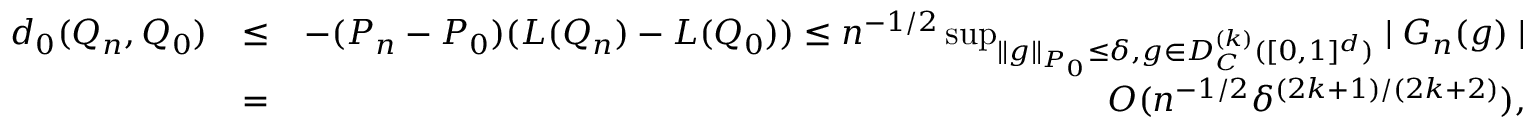
\begin{array} { r l r } { d _ { 0 } ( Q _ { n } , Q _ { 0 } ) } & { \leq } & { - ( P _ { n } - P _ { 0 } ) ( L ( Q _ { n } ) - L ( Q _ { 0 } ) ) \leq n ^ { - 1 / 2 } \operatorname* { s u p } _ { \parallel g \parallel _ { P _ { 0 } } \leq \delta , g \in D _ { C } ^ { ( k ) } ( [ 0 , 1 ] ^ { d } ) } \mid G _ { n } ( g ) \mid } \\ & { = } & { O ( n ^ { - 1 / 2 } \delta ^ { ( 2 k + 1 ) / ( 2 k + 2 ) } ) , } \end{array}